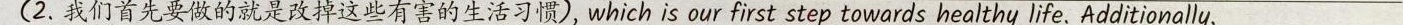
(2. 我们首先要做的就是改掉这些有害的生活习惯),which is our first step towards healthy life. Additionally,___